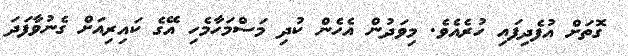
ގޮތަށް އުފެދިފައި ހުރެއެވެ. މިވަދުން އެހެން ކުދި މަސްމަހާމެހި އޭގެ ކައިރިއަށް ގެނުވާފަދަ